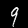
Digit: 9